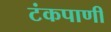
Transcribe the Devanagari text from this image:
टंकपाणी